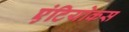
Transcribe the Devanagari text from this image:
एंटियोकस